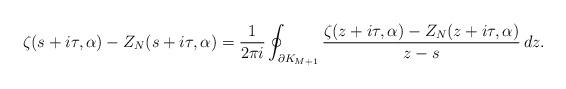
LaTeX: \begin{gather*}\zeta(s+i \tau,\alpha)-Z_N(s+i \tau,\alpha)= \frac{1}{2\pi i} \oint_{\partial K_{M+1}} \frac{\zeta(z+i \tau,\alpha)-Z_N(z+i \tau,\alpha)}{z-s} \,dz. \end{gather*}